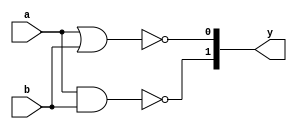
module nandnor(y, a, b);
    input a,b;
    output [1:0]y;
    and ag(x1, a, b);
    not n1(y[1],x1);
    or og(x2, a, b);
    not n2(y[0], x2);
endmodule

module testbench;
            wire [1:0]y;
            reg a , b;
            nandnor g(y, a, b);
            initial 
            begin
                        $dumpfile("dump.vcd");
                         $dumpvars( 0 , testbench );
                         a = 1'b0 ; b = 1'b0  ;
                         #20
                        a = 1'b0 ; b = 1'b1  ;
                         #20
                        a = 1'b1 ; b = 1'b0  ;
                         #20
                        a = 1'b1 ; b = 1'b1  ;
                         #20
                          $finish;
end
endmodule